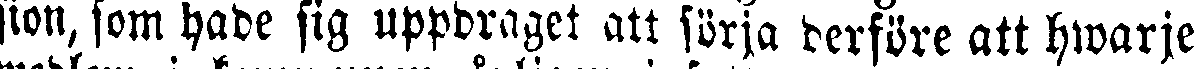
sion, som hade sig uppdraget att sörja derföre att hwarje